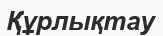
Құрлықтау